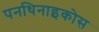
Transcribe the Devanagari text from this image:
पनथिनाइकोस